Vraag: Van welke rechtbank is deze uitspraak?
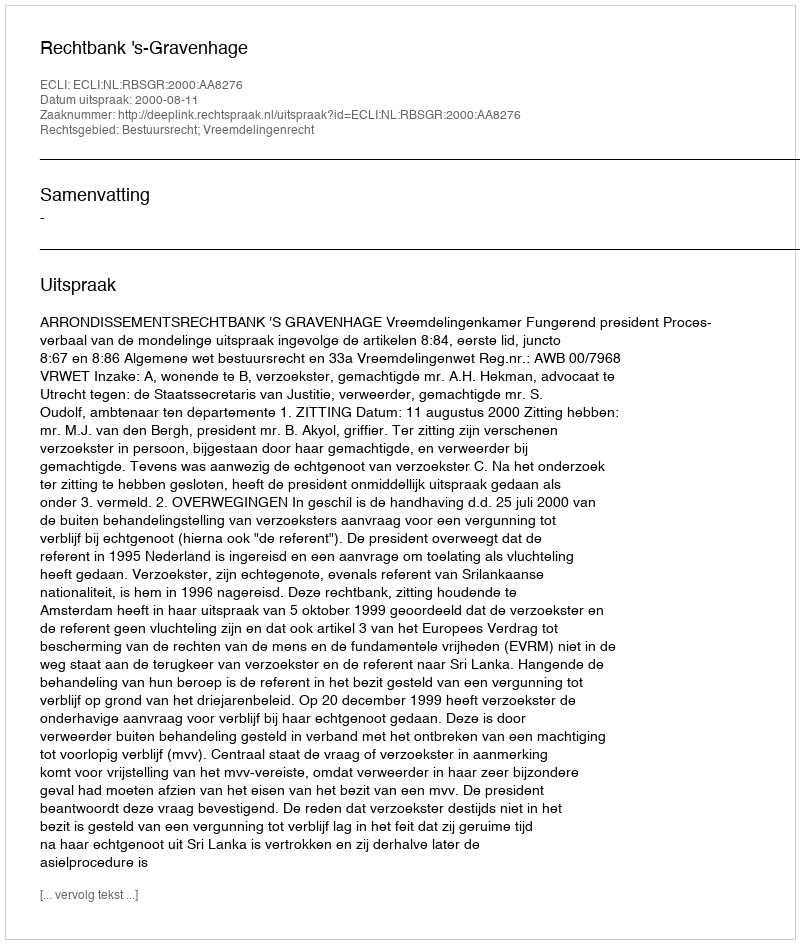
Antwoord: Rechtbank 's-Gravenhage